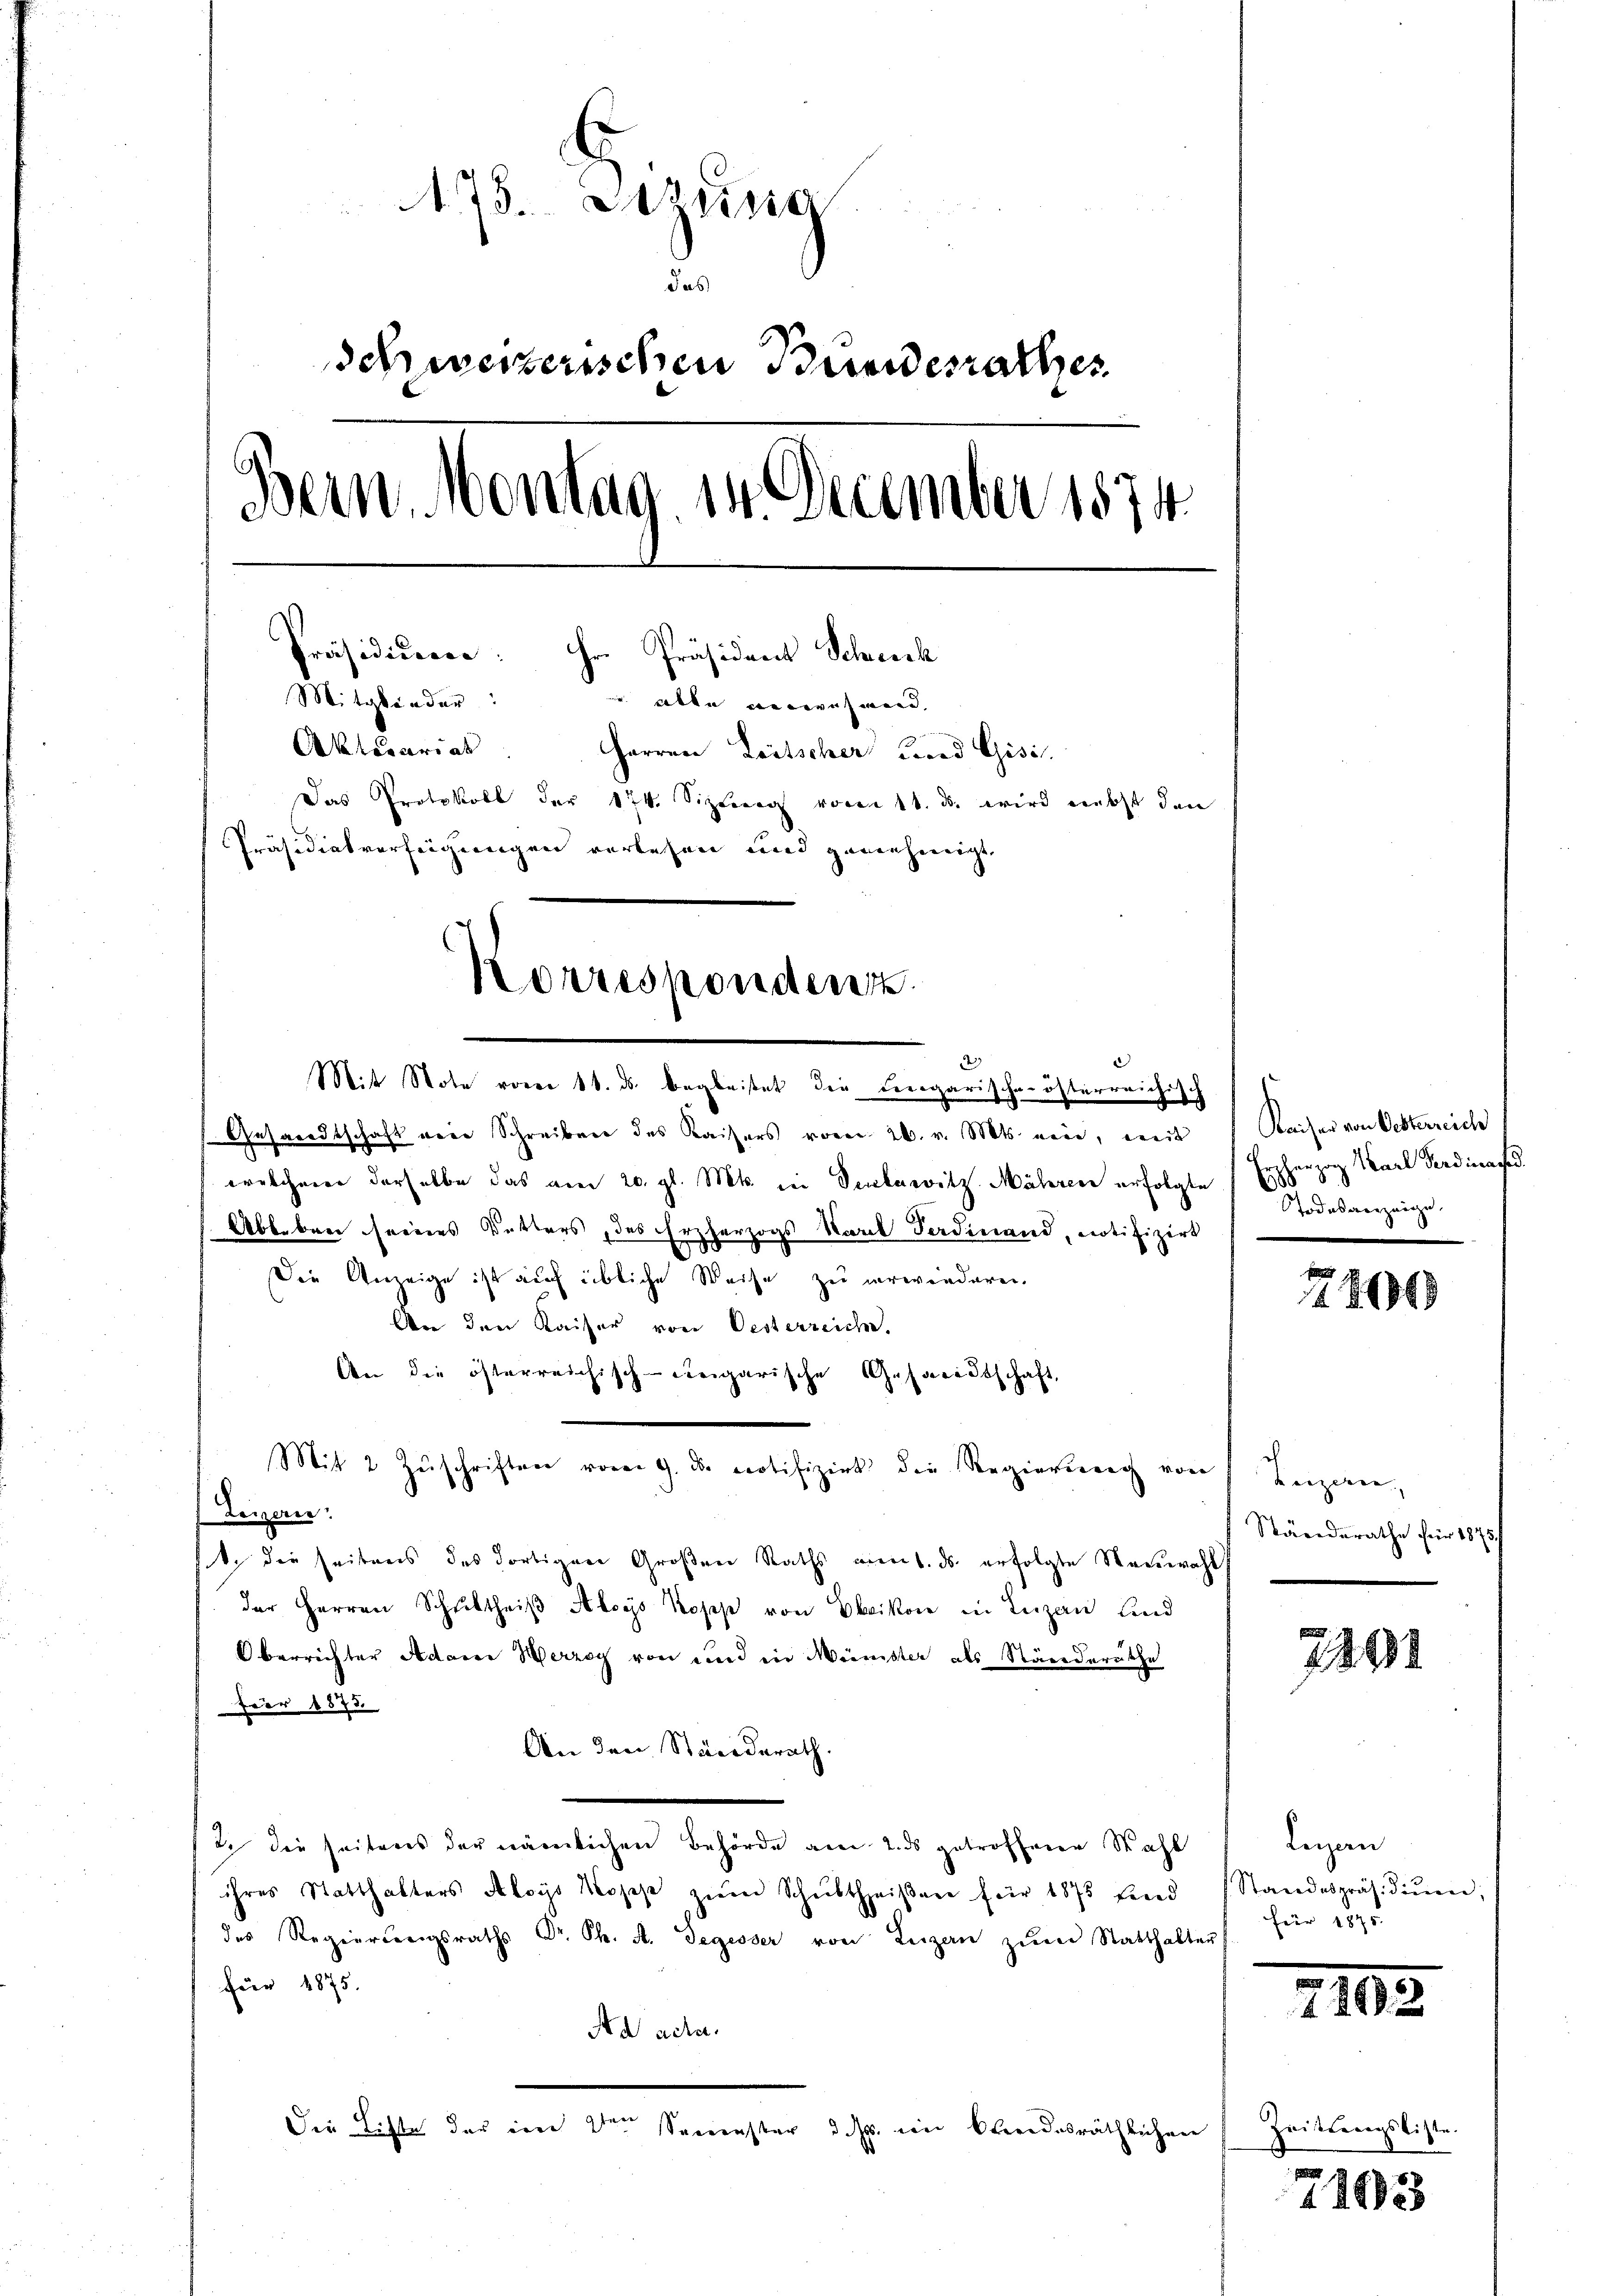
A 75. Sitzung
das
Schweizerischen Bundesrathes
Bein. Montag, in December 1874
Präsidieren: Hr. Präsident Scheick
Mitglieder:
 Alle arties wird,
Aktocariat. Herren Leitscher Fried Gisis.
Das Protokoll der 174. Sizleegs voren 11. ds. wird nebst den
Präsidialverfügungen verlesen und genehmigt,
Korrespondert.
2

Mit Note vorer 11. ds. begleitet die Lengarische österreichisch
Gesandtschaft von Schreiben des Kaisers vom 26. v. Mts. neue, weit
welcherer derselbe das am 20. gl. Mts. in Verbaritz Mähren erfolgte
Abb. beer seines Detters, des Erzherzogs Karl Ferdinand, notifizirt
Die Anzeige ist auch übliche Weise zu erwiederen.
An den Kaiser von Oesterreiche,
An die österreichisch-ceigarische Gesandtschaft,
Mit 2 Zŭschriften vom 9. ds notifizirt die Regierung von
Leizeris
st, die seitens des dortigen Großen Raths ment. ds. erfolgte Neuwahl
der Herren Schultheiβ Aloys Kopp von Ebikon in Luzan sind
Oberrichter Adame Herzog von und in Minister als Ständeräthe
fer 1873.
An den Ständerath
2. die seitens der nämlichen Behörde am 2. ds getroffene Wahl
ihres Statthalters Aloys Kopp zŭm Schultheiβen für 1875 find (Standespräsidiŭm,
des Regierungsraths Dr. Ph. A. Segesser von Luzern zŭm Statthalter
für 1875.
Ad acta.
Die Liste der im 2ten Semester dass ein Ohrendesräthlichen

Kaiser von Oesterreich
Erzherzog Karl Ferdinand
TTodesverzeige,

s
2 849

Luzern.
Ständerathe für 187

2291

Lnzan
für 1875.

e
7162

Zeitungsliste.

71033